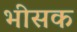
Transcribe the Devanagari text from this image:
भीसक